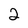
Character: 2